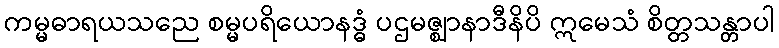
ကမ္မဓာရယသညေ စမ္မပရိယောနဒ္ဓံ ပဌမဇ္ဈာနာဒီနိပိ ဣမေသံ စိတ္တသန္တာပါ